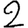
Digit: 2